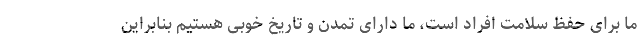
ما برای حفظ سلامت افراد است، ما دارای تمدن و تاریخ خوبی هستیم بنابراین